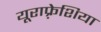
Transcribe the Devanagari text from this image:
यूराफ़्रेशिया